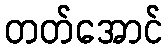
တတ်အောင်